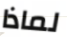
لماذا